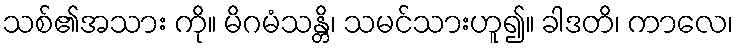
သစ်၏အသား ကို။ မိဂမံသန္တိ၊ သမင်သားဟူ၍။ ခါဒတိ၊ ကာလေ၊